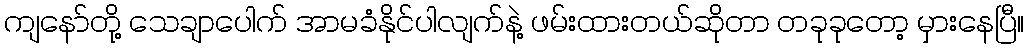
ကျနော်တို့ သေချာပေါက် အာမခံနိုင်ပါလျက်နဲ့ ဖမ်းထားတယ်ဆိုတာ တခုခုတော့ မှားနေပြီ။